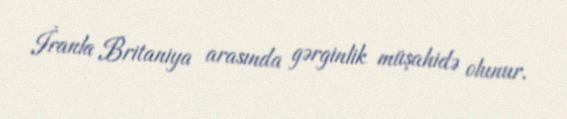
İranla Britaniya arasında gərginlik müşahidə olunur.